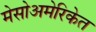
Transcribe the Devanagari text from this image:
मेसोअमेरिकेत